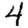
Digit: 4